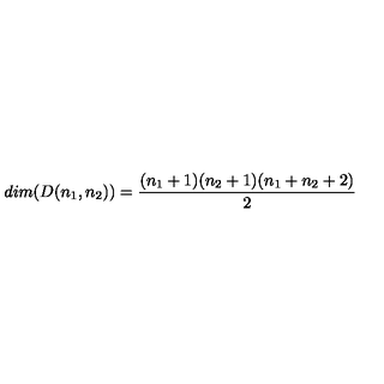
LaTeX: d i m ( D ( n _ { 1 } , n _ { 2 } ) ) = \frac { ( n _ { 1 } + 1 ) ( n _ { 2 } + 1 ) ( n _ { 1 } + n _ { 2 } + 2 ) } { 2 }